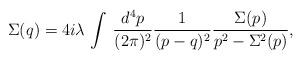
LaTeX: \begin{align*}\Sigma(q)=4i\lambda\,\int\,\frac{d^4p}{(2\pi)^2}\frac{1}{(p-q)^2} \frac{\Sigma(p)}{p^2-\Sigma^2(p)}, \end{align*}